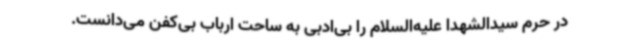
در حرم سیدالشهدا علیه‌السلام را بی‌ادبی به ساحت ارباب بی‌کفن می‌دانست.